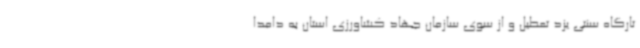
تارگاه سنتی یزد تعطیل و از سوی سازمان جهاد کشاورزی استان به دامدا